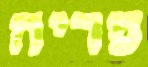
פריה